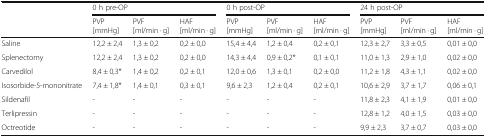
<table><thead><tr><td rowspan="2">[EMPTY_CELL]</td><td colspan="3"><b>0 h pre-OP</b></td><td colspan="3"><b>0 h post-OP</b></td><td colspan="3"><b>24 h post-OP</b></td></tr><tr><td><b>PVP[mmHg]</b></td><td><b>PVF[ml/min · g]</b></td><td><b>HAF[ml/min · g]</b></td><td><b>PVP[mmHg]</b></td><td><b>PVF[ml/min · g]</b></td><td><b>HAF[ml/min · g]</b></td><td><b>PVP[mmHg]</b></td><td><b>PVF[ml/min · g]</b></td><td><b>HAF[ml/min · g]</b></td></tr></thead><tbody><tr><td>Saline</td><td>12,2 ± 2,4</td><td>1,3 ± 0,2</td><td>0,2 ± 0,0</td><td>15,4 ± 4,4</td><td>1,2 ± 0,4</td><td>0,2 ± 0,1</td><td>12,3 ± 2,7</td><td>3,3 ± 0,5</td><td>0,01 ± 0,0</td></tr><tr><td>Splenectomy</td><td>12,2 ± 2,4</td><td>1,3 ± 0,2</td><td>0,2 ± 0,0</td><td>14,3 ± 4,4</td><td>0,9 ± 0,2*</td><td>0,1 ± 0,1</td><td>11,0 ± 1,3</td><td>2,9 ± 1,0</td><td>0,02 ± 0,0</td></tr><tr><td>Carvedilol</td><td>8,4 ± 0,3*</td><td>1,4 ± 0,2</td><td>0,2 ± 0,1</td><td>12,0 ± 0,6</td><td>1,3 ± 0,1</td><td>0,2 ± 0,0</td><td>11,2 ± 1,8</td><td>4,3 ± 1,1</td><td>0,02 ± 0,0</td></tr><tr><td>Isosorbide-5-mononitrate</td><td>7,4 ± 1,8*</td><td>1,4 ± 0,1</td><td>0,3 ± 0,1</td><td>9,6 ± 2,3</td><td>1,2 ± 0,4</td><td>0,2 ± 0,1</td><td>10,6 ± 2,9</td><td>3,7 ± 1,7</td><td>0,06 ± 0,1</td></tr><tr><td>Sildenafil</td><td>-</td><td>-</td><td>-</td><td>-</td><td>-</td><td>-</td><td>11,8 ± 2,3</td><td>4,1 ± 1,9</td><td>0,01 ± 0,0</td></tr><tr><td>Terlipressin</td><td>-</td><td>-</td><td>-</td><td>-</td><td>-</td><td>-</td><td>12,8 ± 1,2</td><td>4,0 ± 1,5</td><td>0,03 ± 0,0</td></tr><tr><td>Octreotide</td><td>-</td><td>-</td><td>-</td><td>-</td><td>-</td><td>-</td><td>9,9 ± 2,3</td><td>3,7 ± 0,7</td><td>0,03 ± 0,0</td></tr></tbody></table>